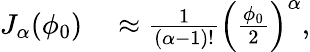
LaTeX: \begin{array}{rl}{J_{\alpha}(\phi_{0})}&{{}\approx\frac{1}{(\alpha-1)!}\left(\frac{\phi_{0}}{2}\right)^{\alpha},}\end{array}